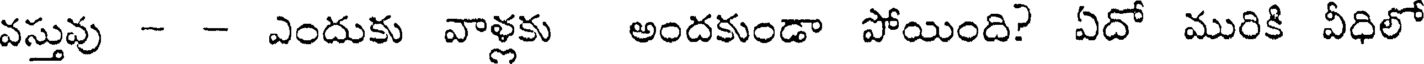
వస్తువు - - ఎందుకు వాళ్లకు అందకుండా పోయింది? ఏదో మురికి వీధిలో